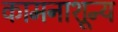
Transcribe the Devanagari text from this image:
कामनाशून्य